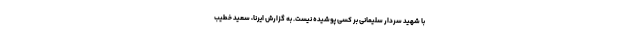
با شهید سردار سلیمانی بر کسی پوشیده نیست. به گزارش ایرنا، سعید خطیب